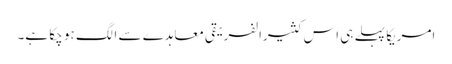
امریکا پہلے ہی اس کثیرالفریقی معاہدے سے الگ ہو چکا ہے۔